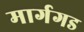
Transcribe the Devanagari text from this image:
मार्गगड